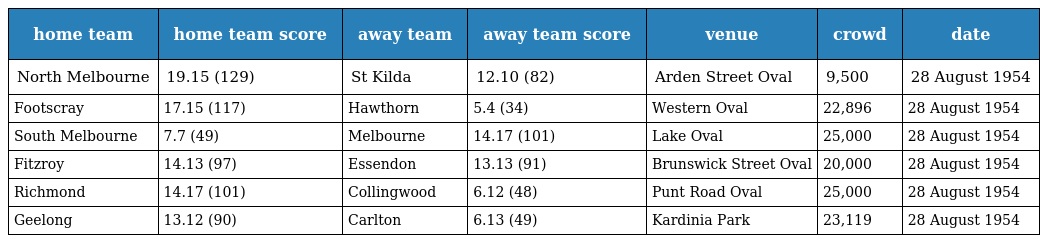
| home team | home team score | away team | away team score | venue | crowd | date |
 | --- | --- | --- | --- | --- | --- | --- |
 | North Melbourne | 19.15 (129) | St Kilda | 12.10 (82) | Arden Street Oval | 9,500 | 28 August 1954 |
 | Footscray | 17.15 (117) | Hawthorn | 5.4 (34) | Western Oval | 22,896 | 28 August 1954 |
 | South Melbourne | 7.7 (49) | Melbourne | 14.17 (101) | Lake Oval | 25,000 | 28 August 1954 |
 | Fitzroy | 14.13 (97) | Essendon | 13.13 (91) | Brunswick Street Oval | 20,000 | 28 August 1954 |
 | Richmond | 14.17 (101) | Collingwood | 6.12 (48) | Punt Road Oval | 25,000 | 28 August 1954 |
 | Geelong | 13.12 (90) | Carlton | 6.13 (49) | Kardinia Park | 23,119 | 28 August 1954 |